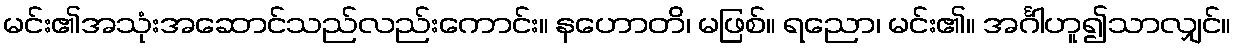
မင်း၏အသုံးအဆောင်သည်လည်းကောင်း။ နဟောတိ၊ မဖြစ်။ ရညော၊ မင်း၏။ အင်္ဂါဟူ၍သာလျှင်။